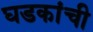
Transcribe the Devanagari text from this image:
घडकांची